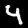
Digit: 4